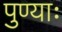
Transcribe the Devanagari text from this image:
पुण्याः